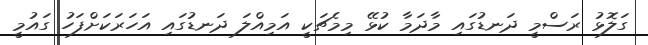
ގަލޮޅު ރަސްމީ ދަނޑުގައި މާދަމާ ކުޅޭ މިމެޗަކީ އަމިއްލަ ދަނޑުގައި އަހަރަކަށްފަހު ގައުމީ